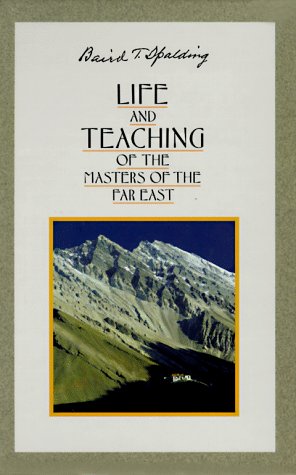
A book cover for Life and Teaching of the Masters of the Far East (6 Volume Set); Baird T. Spalding; Religion & Spirituality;